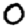
Digit: 0